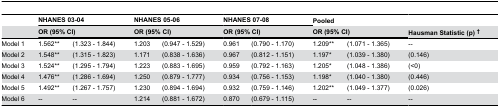
<table><thead><tr><td></td><td colspan="2"><b>NHANES 03-04</b></td><td colspan="2"><b>NHANES 05-06</b></td><td colspan="2"><b>NHANES 07-08</b></td><td><b>Pooled</b></td><td></td><td></td></tr><tr><td></td><td colspan="2"><b>OR (95% CI)</b></td><td colspan="2"><b>OR (95% CI)</b></td><td colspan="2"><b>OR (95% CI)</b></td><td colspan="2"><b>OR (95% CI)</b></td><td><b>Hausman Statistic (p) †</b></td></tr></thead><tbody><tr><td>Model 1</td><td>1.562**</td><td>(1.323 - 1.844)</td><td>1.203</td><td>(0.947 - 1.529)</td><td>0.961</td><td>(0.790 - 1.170)</td><td>1.209**</td><td>(1.071 - 1.365)</td><td>--</td></tr><tr><td>Model 2</td><td>1.548**</td><td>(1.315 - 1.823)</td><td>1.171</td><td>(0.838 - 1.636)</td><td>0.967</td><td>(0.812 - 1.151)</td><td>1.197*</td><td>(1.039 - 1.380)</td><td> (0.146)</td></tr><tr><td>Model 3</td><td>1.524**</td><td>(1.295 - 1.794)</td><td>1.223</td><td>(0.883 - 1.695)</td><td>0.959</td><td>(0.792 - 1.163)</td><td>1.205*</td><td>(1.048 - 1.386)</td><td> (&lt;0)</td></tr><tr><td>Model 4</td><td>1.476**</td><td>(1.286 - 1.694)</td><td>1.250</td><td>(0.879 - 1.777)</td><td>0.934</td><td>(0.756 - 1.153)</td><td>1.198*</td><td>(1.040 - 1.380)</td><td> (0.446)</td></tr><tr><td>Model 5</td><td>1.492**</td><td>(1.267 - 1.757)</td><td>1.230</td><td>(0.894 - 1.694)</td><td>0.932</td><td>(0.759 - 1.146)</td><td>1.202**</td><td>(1.049 - 1.377)</td><td> (0.026)</td></tr><tr><td>Model 6</td><td>--</td><td>--</td><td>1.214</td><td>(0.881 - 1.672)</td><td>0.870</td><td>(0.679 - 1.115)</td><td>--</td><td>--</td><td>--</td></tr></tbody></table>